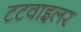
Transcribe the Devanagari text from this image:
टटवाइलर